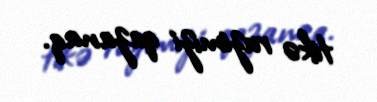
tikə ruzimizi qazanaq.